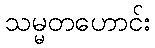
သမ္မတဟောင်း